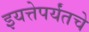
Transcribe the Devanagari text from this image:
इयत्तेपर्यंतचे